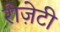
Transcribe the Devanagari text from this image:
रोज़ेटी